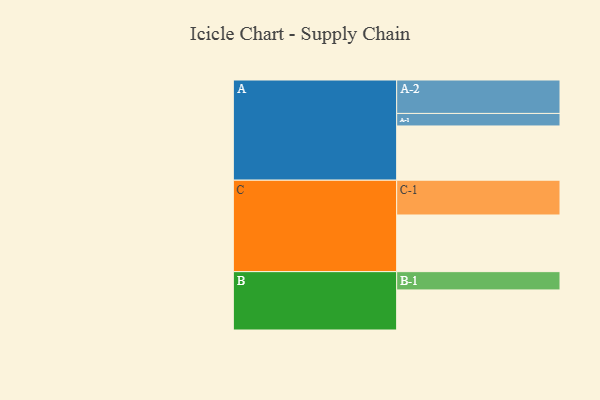
{"axis": {"x": "Segment", "y": "Value"}, "legend": ["", "A", "B", "C"], "data": [{"x": "A", "y": 451, "type": ""}, {"x": "B", "y": 333, "type": ""}, {"x": "C", "y": 471, "type": ""}, {"x": "A-1", "y": 104, "type": "A"}, {"x": "A-2", "y": 278, "type": "A"}, {"x": "B-1", "y": 152, "type": "B"}, {"x": "C-1", "y": 289, "type": "C"}]}